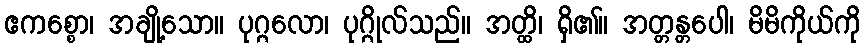
ဧကစ္စော၊ အချို့သော။ ပုဂ္ဂလော၊ ပုဂ္ဂိုလ်သည်။ အတ္ထိ၊ ရှိ၏။ အတ္တန္တပေါ၊ မိမိကိုယ်ကို